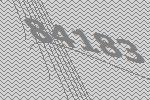
84183